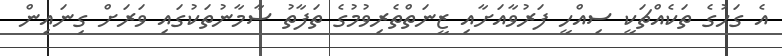
އެ ގަހުގެ ތަކެއްޗަކީ ސިއްހީ ފަރުވާއަށާއި ޒީނަތްތެރިވުމުގެ ތަފާތު ސާމާނުތަކުގައި ވަރަށް ގިނައިން